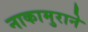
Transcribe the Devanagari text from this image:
नाकामुराने